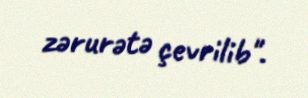
zərurətə çevrilib".